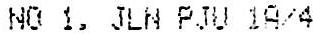
NO 1, JLN PJU 1A/4